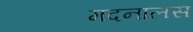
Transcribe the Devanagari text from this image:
मदनालस